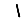
Digit: 1